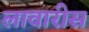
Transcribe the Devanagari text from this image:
लावारीस